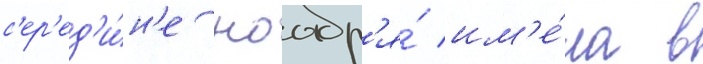
с'ер'ед'и́н'е ноабр'я́ им'е́ла в